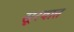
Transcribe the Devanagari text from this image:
सूरवात